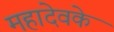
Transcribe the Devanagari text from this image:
महादेवके